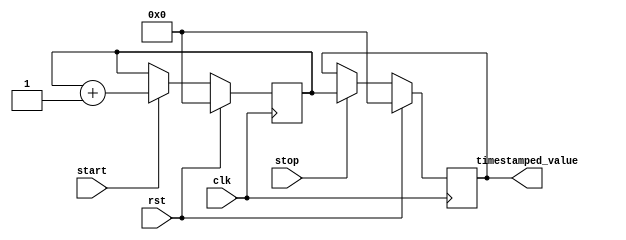
module time_stamping_timer (
  input wire clk,  // main clock signal
  input wire rst,  // reset signal
  input wire start,  // start signal
  input wire stop,  // stop signal
  output reg [31:0] timestamped_value  // timestamped value output
);

reg [31:0] counter;

always @(posedge clk) begin
  if (rst) begin
    counter <= 32'h0000_0000;
    timestamped_value <= 32'h0000_0000;
  end else begin
    if (start) begin
      counter <= counter + 32'h0000_0001;
    end
    if (stop) begin
      timestamped_value <= counter;
    end
  end
end

endmodule